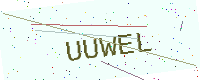
Text: UUWEL